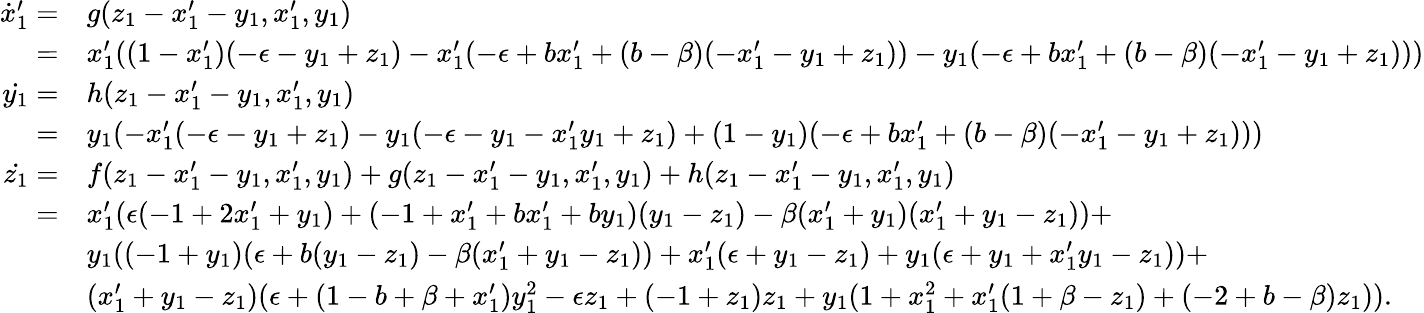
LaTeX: \begin{array}{rl}{\dot{x}_{1}^{\prime}=}&{g(z_{1}-x_{1}^{\prime}-y_{1},x_{1}^{\prime},y_{1})}\\ {=}&{x_{1}^{\prime}((1-x_{1}^{\prime})(-\epsilon-y_{1}+z_{1})-x_{1}^{\prime}(-\epsilon+bx_{1}^{\prime}+(b-\beta)(-x_{1}^{\prime}-y_{1}+z_{1}))-y_{1}(-\epsilon+bx_{1}^{\prime}+(b-\beta)(-x_{1}^{\prime}-y_{1}+z_{1})))}\\ {\dot{y_{1}}=}&{h(z_{1}-x_{1}^{\prime}-y_{1},x_{1}^{\prime},y_{1})}\\ {=}&{y_{1}(-x_{1}^{\prime}(-\epsilon-y_{1}+z_{1})-y_{1}(-\epsilon-y_{1}-x_{1}^{\prime}y_{1}+z_{1})+(1-y_{1})(-\epsilon+bx_{1}^{\prime}+(b-\beta)(-x_{1}^{\prime}-y_{1}+z_{1})))}\\ {\dot{z_{1}}=}&{f(z_{1}-x_{1}^{\prime}-y_{1},x_{1}^{\prime},y_{1})+g(z_{1}-x_{1}^{\prime}-y_{1},x_{1}^{\prime},y_{1})+h(z_{1}-x_{1}^{\prime}-y_{1},x_{1}^{\prime},y_{1})}\\ {=}&{x_{1}^{\prime}(\epsilon(-1+2x_{1}^{\prime}+y_{1})+(-1+x_{1}^{\prime}+bx_{1}^{\prime}+by_{1})(y_{1}-z_{1})-\beta(x_{1}^{\prime}+y_{1})(x_{1}^{\prime}+y_{1}-z_{1}))+}\\ &{y_{1}((-1+y_{1})(\epsilon+b(y_{1}-z_{1})-\beta(x_{1}^{\prime}+y_{1}-z_{1}))+x_{1}^{\prime}(\epsilon+y_{1}-z_{1})+y_{1}(\epsilon+y_{1}+x_{1}^{\prime}y_{1}-z_{1}))+}\\ &{(x_{1}^{\prime}+y_{1}-z_{1})(\epsilon+(1-b+\beta+x_{1}^{\prime})y_{1}^{2}-\epsilon z_{1}+(-1+z_{1})z_{1}+y_{1}(1+x_{1}^{2}+x_{1}^{\prime}(1+\beta-z_{1})+(-2+b-\beta)z_{1})).}\end{array}